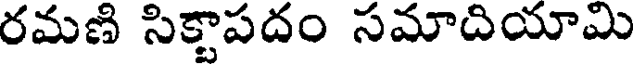
రమణి సిక్టాపదం సమాదియామి